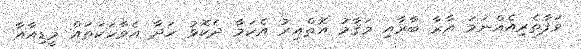
ވަފާތެރިއެއްނަމަ އާރާ ބާރާއި މަޤާމު އޮތްއިރު އެކަމާ ދެކޮޅު ހަދާ އެވާހަކަތައް މީޑިއާއާ